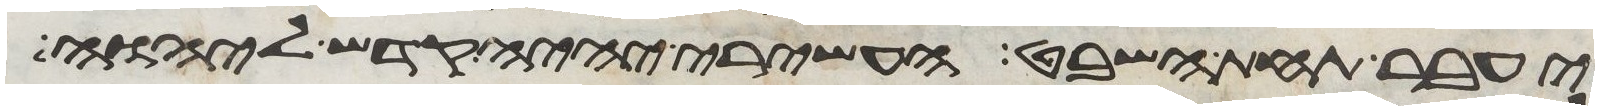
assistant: יעבר תחת השבט העשירי יהיה קדש ליהוה